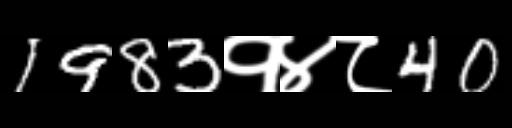
Text: 1983१४८40